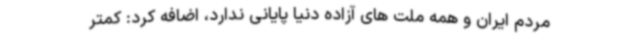
مردم ایران و همه ملت های آزاده دنیا پایانی ندارد، اضافه کرد: کمتر